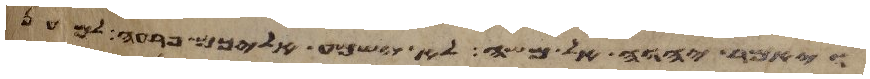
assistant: ויאמר יהוה אל משה לא ישמע אליכם פרעה למען